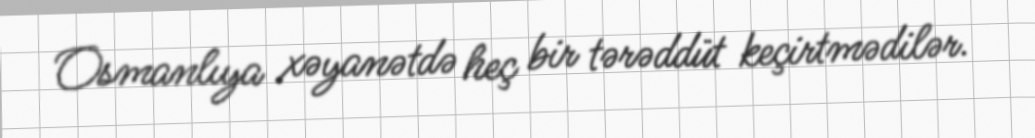
Osmanlıya xəyanətdə heç bir tərəddüt keçirtmədilər.